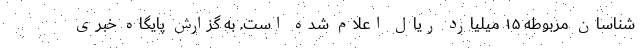
شناسان مربوطه ۱۵ میلیارد ریال اعلام شده است. به گزارش پایگاه خبری